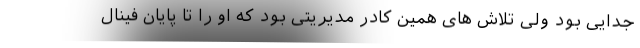
جدایی بود ولی تلاش های همین کادر مدیریتی بود که او را تا پایان فینال